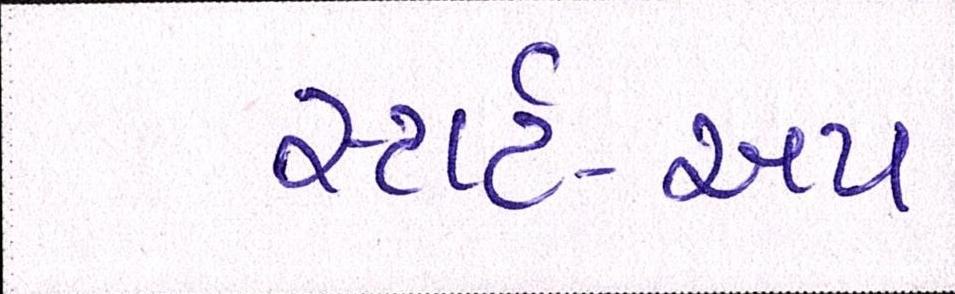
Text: સ્ટાર્ટ-અપ